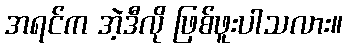
အရင်က အဲ့ဒီလို ဖြစ်ဖူးပါသလား။